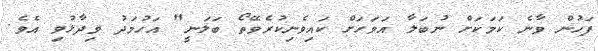
ފަހުން ވާނެ ކަމަކަށް ނުބަލާ އަވަހަށް ކައިވެނިކުރެވޭތޯ ބަލަނީ" އަހުމަދު ވިދާޅުވި އެވެ.